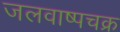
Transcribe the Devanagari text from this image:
जलवाष्पचक्र